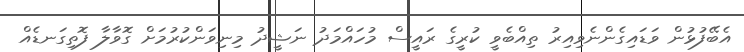
އެބޭފުޅުން ވަޑައިގެންނެވިއިރު ތިއްބެވީ ކުރީގެ ރައީސް މުހައްމަދު ނަޝީދު މިނިވަންކުރުމަށް ގޮވާލާ ފޮތިގަނޑެއް